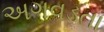
અગવડતા